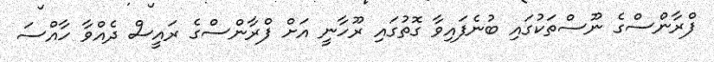
ފްރާންސްގެ ނޫސްތަކުގައި ބުނެފައިވާ ގޮތުގައި ރޫހާނީ އަށް ފްރާންސްގެ ރައީސް ދެއްވާ ހާއްސަ